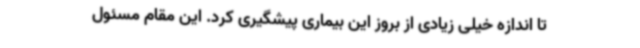
تا اندازه خیلی زیادی از بروز این بیماری پیشگیری کرد. این مقام مسئول